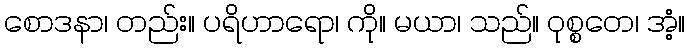
စောဒနာ၊ တည်း။ ပရိဟာရော၊ ကို။ မယာ၊ သည်။ ဝုစ္စတေ၊ အံ့။